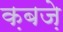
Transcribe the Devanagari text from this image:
क़बज़े